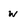
Character: w